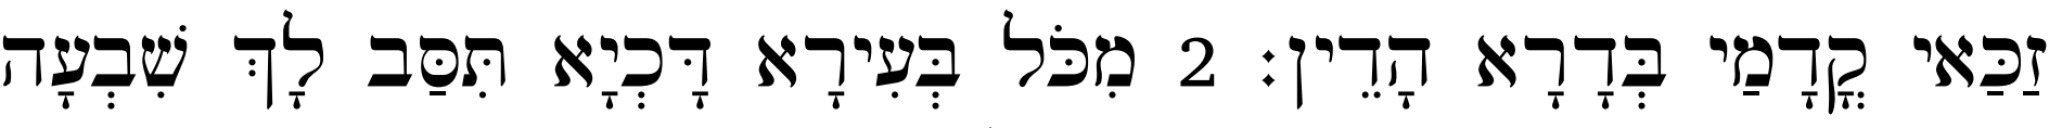
זַכַּאי קֳדָמַי בְּדָרָא הָדֵין׃ 2 מִכֹּל בְּעִירָא דָּכְיָא תִּסַּב לָךְ שִׁבְעָה